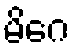
မိဂေ